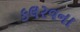
કલરવના